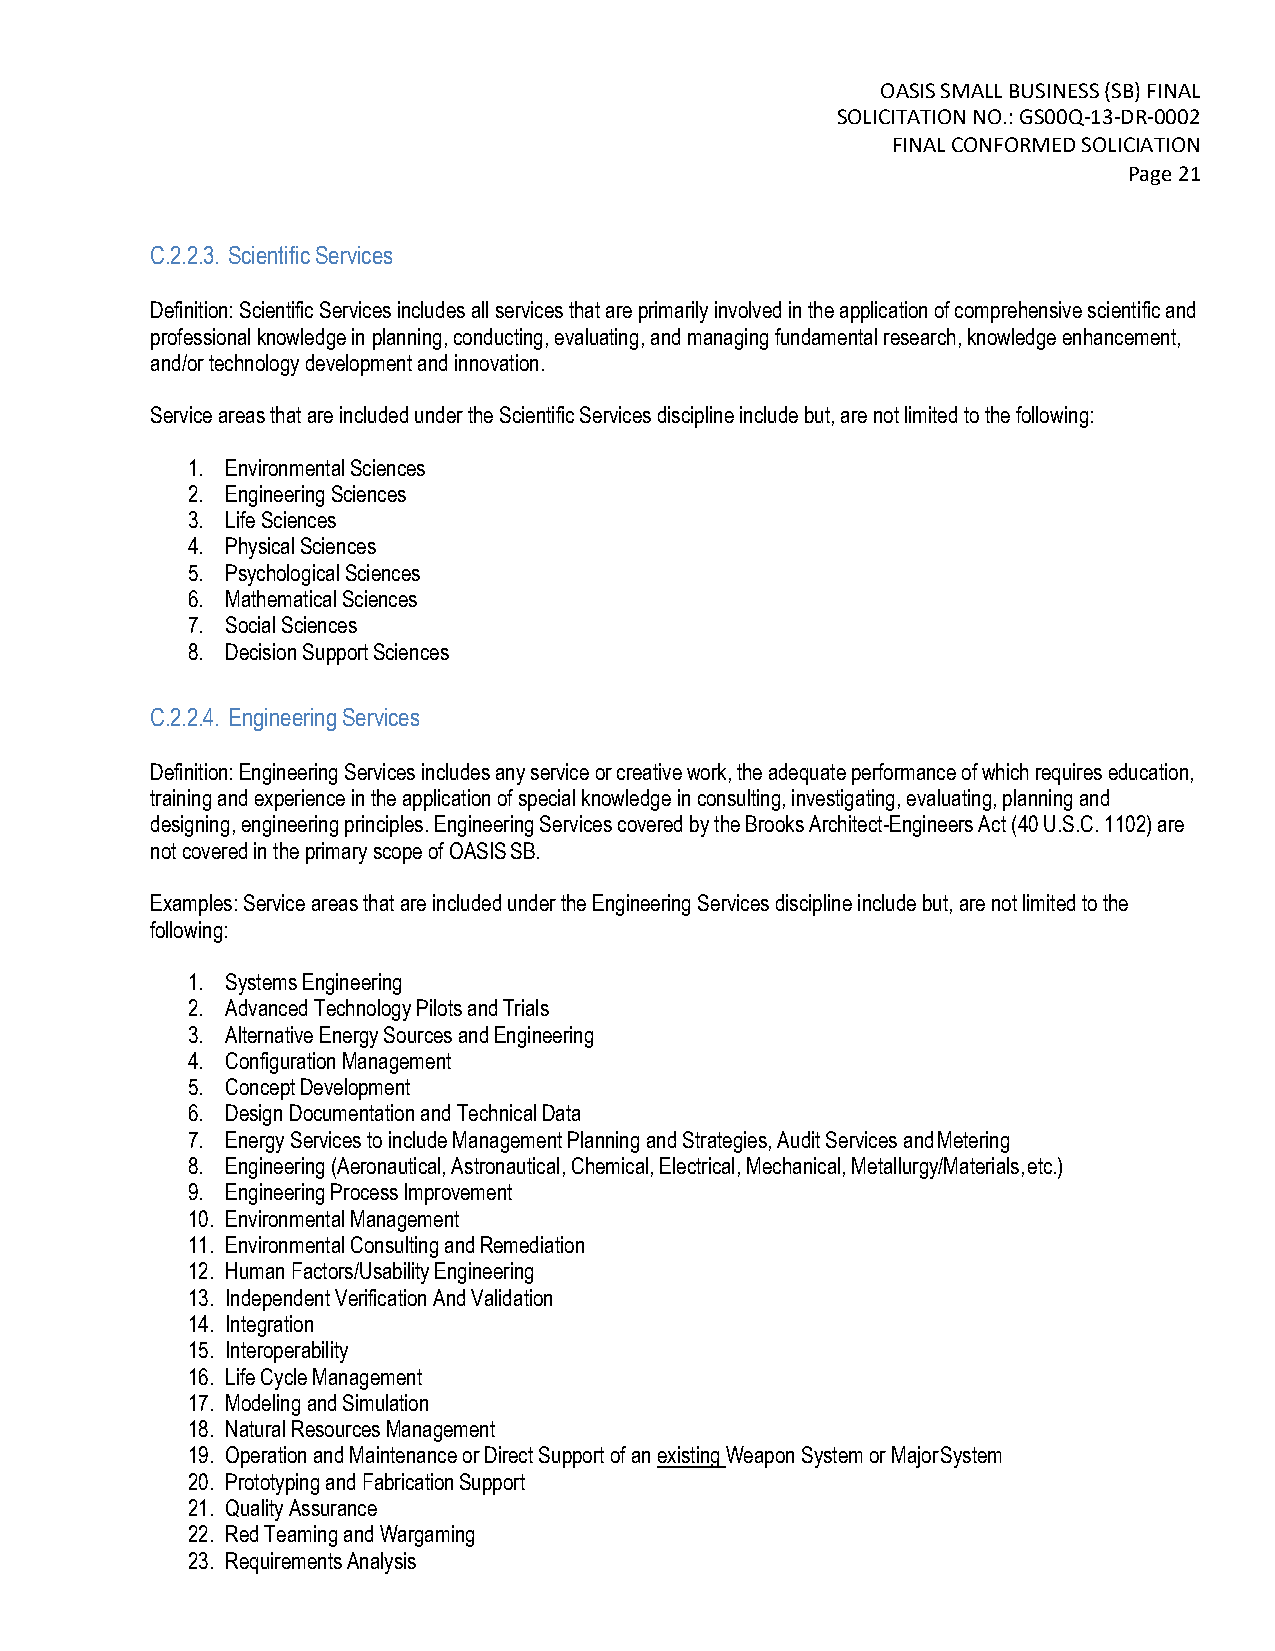
OASIS SMALL BUSINESS (SB) FINAL
 SOLICITATION NO.: GS00Q-13-DR-0002
 FINAL CONFORMED SOLICIATION
 Page 21
 C.2.2.3. Scientific Services
 Definition: Scientific Services includes all services that are primarily involved in the application of comprehensive scientific and
 professional knowledge in planning, conducting, evaluating, and managing fundamental research, knowledge enhancement,
 and/or technology development and innovation.
 Service areas that are included under the Scientific Services discipline include but, are not limited to the following:
 1. Environmental Sciences
 2. Engineering Sciences
 3. Life Sciences
 4. Physical Sciences
 5. Psychological Sciences
 6. Mathematical Sciences
 7. Social Sciences
 8. Decision Support Sciences
 C.2.2.4. Engineering Services
 Definition: Engineering Services includes any service or creative work, the adequate performance of which requires education,
 training and experience in the application of special knowledge in consulting, investigating, evaluating, planning and
 designing, engineering principles. Engineering Services covered by the Brooks Architect-Engineers Act (40 U.S.C. 1102) are
 not covered in the primary scope of OASIS SB.
 Examples: Service areas that are included under the Engineering Services discipline include but, are not limited to the
 following:
 1. Systems Engineering
 2. Advanced Technology Pilots and Trials
 3. Alternative Energy Sources and Engineering
 4. Configuration Management
 5. Concept Development
 6. Design Documentation and Technical Data
 7. Energy Services to include Management Planning and Strategies, Audit Services and Metering
 8. Engineering (Aeronautical, Astronautical, Chemical, Electrical, Mechanical, Metallurgy/Materials, etc.)
 9. Engineering Process Improvement
 10. Environmental Management
 11. Environmental Consulting and Remediation
 12. Human Factors/Usability Engineering
 13. Independent Verification And Validation
 14. Integration
 15. Interoperability
 16. Life Cycle Management
 17. Modeling and Simulation
 18. Natural Resources Management
 19. Operation and Maintenance or Direct Support of an existing Weapon System or Major System
 20. Prototyping and Fabrication Support
 21. Quality Assurance
 22. Red Teaming and Wargaming
 23. Requirements Analysis